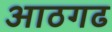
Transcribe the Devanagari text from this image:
आठगढ